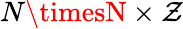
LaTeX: N\timesN\times\mathcal{Z}